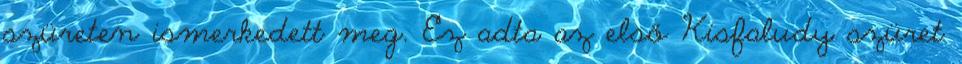
szüreten ismerkedett meg. Ez adta az első Kisfaludy szüret